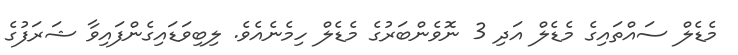
މެޑެލް ސައްތައިގެ މެޑެލް އަދި 3 ނޮވެންބަރުގެ މެޑެލް ހިމެނެއެވެ. ލިބިވަޑައިގެންފައިވާ ޝަރަފުގެ